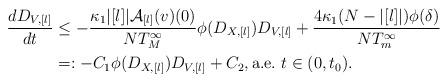
LaTeX: \begin{align*}\begin{aligned} \frac{dD_{V,[l]}}{dt} &\leq -\frac{\kappa_1|[l]|\mathcal{A}_{[l]}(v)(0)}{NT_M^\infty}\phi(D_{X,[l]})D_{V,[l]}+\frac{4\kappa_1(N-|[l]|)\phi(\delta)}{NT_m^\infty}\\ &=: -C_1\phi(D_{X,[l]})D_{V,[l]}+C_2,\mbox{a.e.}~t\in (0,t_0). \end{aligned}\end{align*}